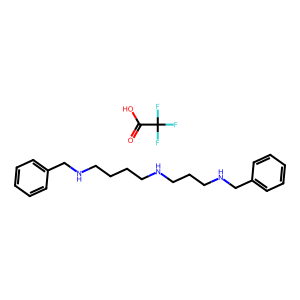
SMILES: O=C(O)C(F)(F)F.c1ccc(CNCCCCNCCCNCc2ccccc2)cc1
Inhibits HIV replication: No